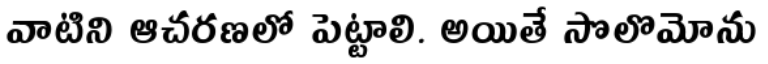
వాటిని ఆచరణలో పెట్టాలి. అయితే సొలొమోను